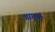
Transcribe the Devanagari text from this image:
गागणी